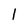
Character: 1